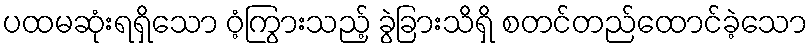
ပထမဆုံးရရှိသော ဝံ့ကြွားသည့် ခွဲခြားသိရှိ စတင်တည်ထောင်ခဲ့သော